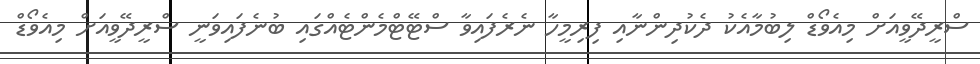
ސްރީދޭވީއަށް މިއެވޯޑް ލިބުމާއެކު ދެކުދިންނާއި ފިރިމީހާ ނެރެފައިވާ ސްޓޭޓްމެންޓެއްގައި ބުނެފައިވަނީ ސްރީދޭވީއަށް މިއެވޯޑް